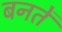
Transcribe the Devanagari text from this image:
बनतें